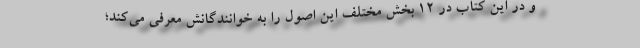
و در این کتاب در 12 بخش مختلف این اصول را به خوانندگانش معرفی می‌کند؛